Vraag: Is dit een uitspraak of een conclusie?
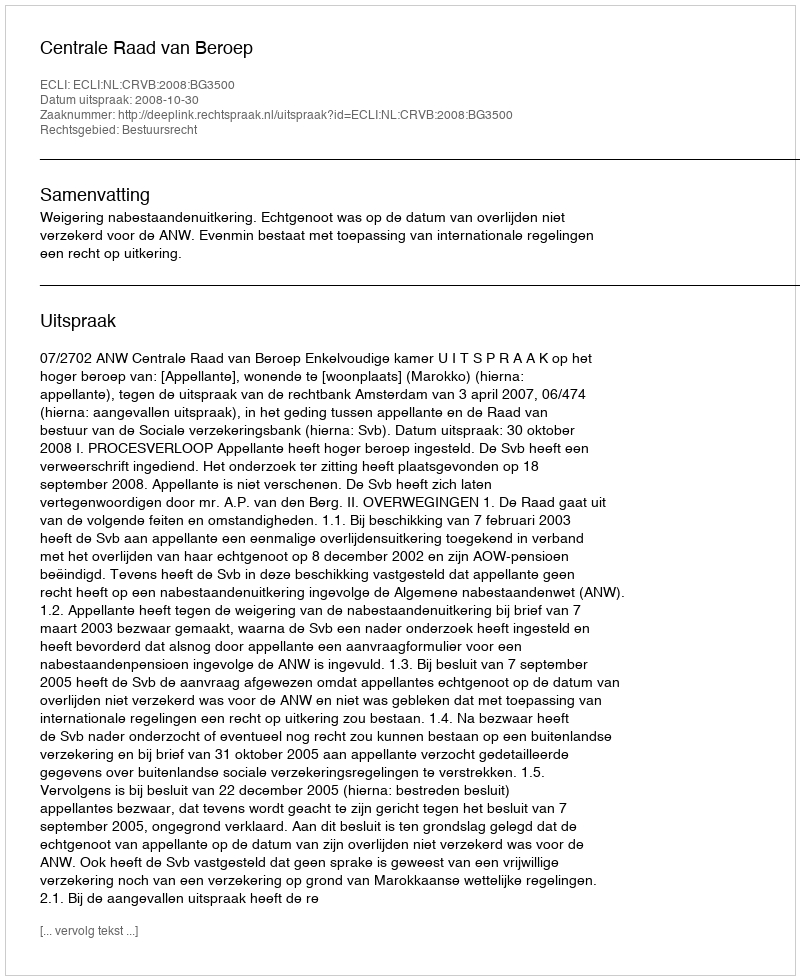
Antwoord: Uitspraak